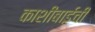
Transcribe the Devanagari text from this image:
काशीबाईची